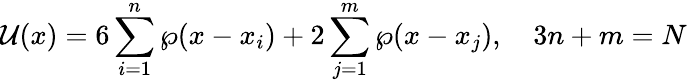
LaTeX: {\cal U}(x)=6\sum_{i=1}^{n}\wp(x-x_{i})+2\sum_{j=1}^{m}\wp(x-x_{j}),\quad 3n+m=N